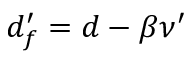
d _ { f } ^ { \prime } = d - \beta \nu ^ { \prime }